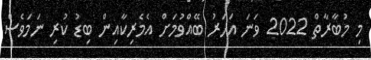
މި މުބާރާތް 2022 ވަނަ އަހަރު ބޭއްވުމަށް އެމެރިކާއިން ބިޑު ކުރި ނަމަވެސް